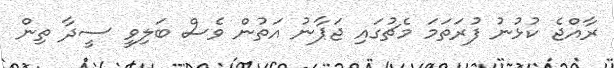
ރާއްޖެ ކުޅުނު ފުރަތަމަ މެޗުގައި ޖަޕާނު އަތުން ވެސް ބަލިވީ ސީދާ ތިން